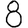
Digit: 8